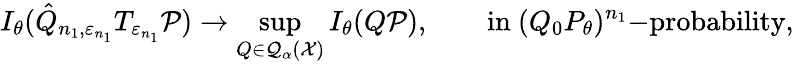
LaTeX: I_{\theta}(\hat{Q}_{n_{1},\varepsilon_{n_{1}}}T_{\varepsilon_{n_{1}}}{\mathcal P})\to\operatorname*{sup}_{Q\in\mathcal Q_{\alpha}(\mathcal X)}I_{\theta}(Q{\mathcal P}),\quad\quad\mathrm{in~}(Q_{0}P_{\theta})^{n_{1}}\mathrm{-probability},